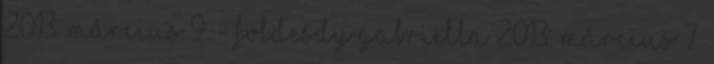
2013. március 9. - Földesdy Gabriella 2013. március 7.